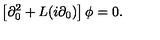
\left[ \partial _ { 0 } ^ { 2 } + L ( i \partial _ { 0 } ) \right] \phi = 0 .